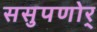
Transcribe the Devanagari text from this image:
ससुपणोर्